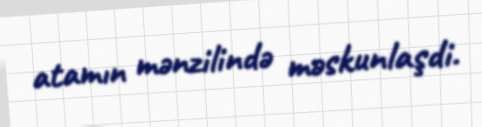
atamın mənzilində məskunlaşdi.